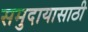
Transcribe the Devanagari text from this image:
समुदायासाठी